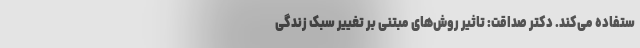
ستفاده می‌کند. دکتر صداقت: تاثیر روش‌های مبتنی بر تغییر سبک زندگی